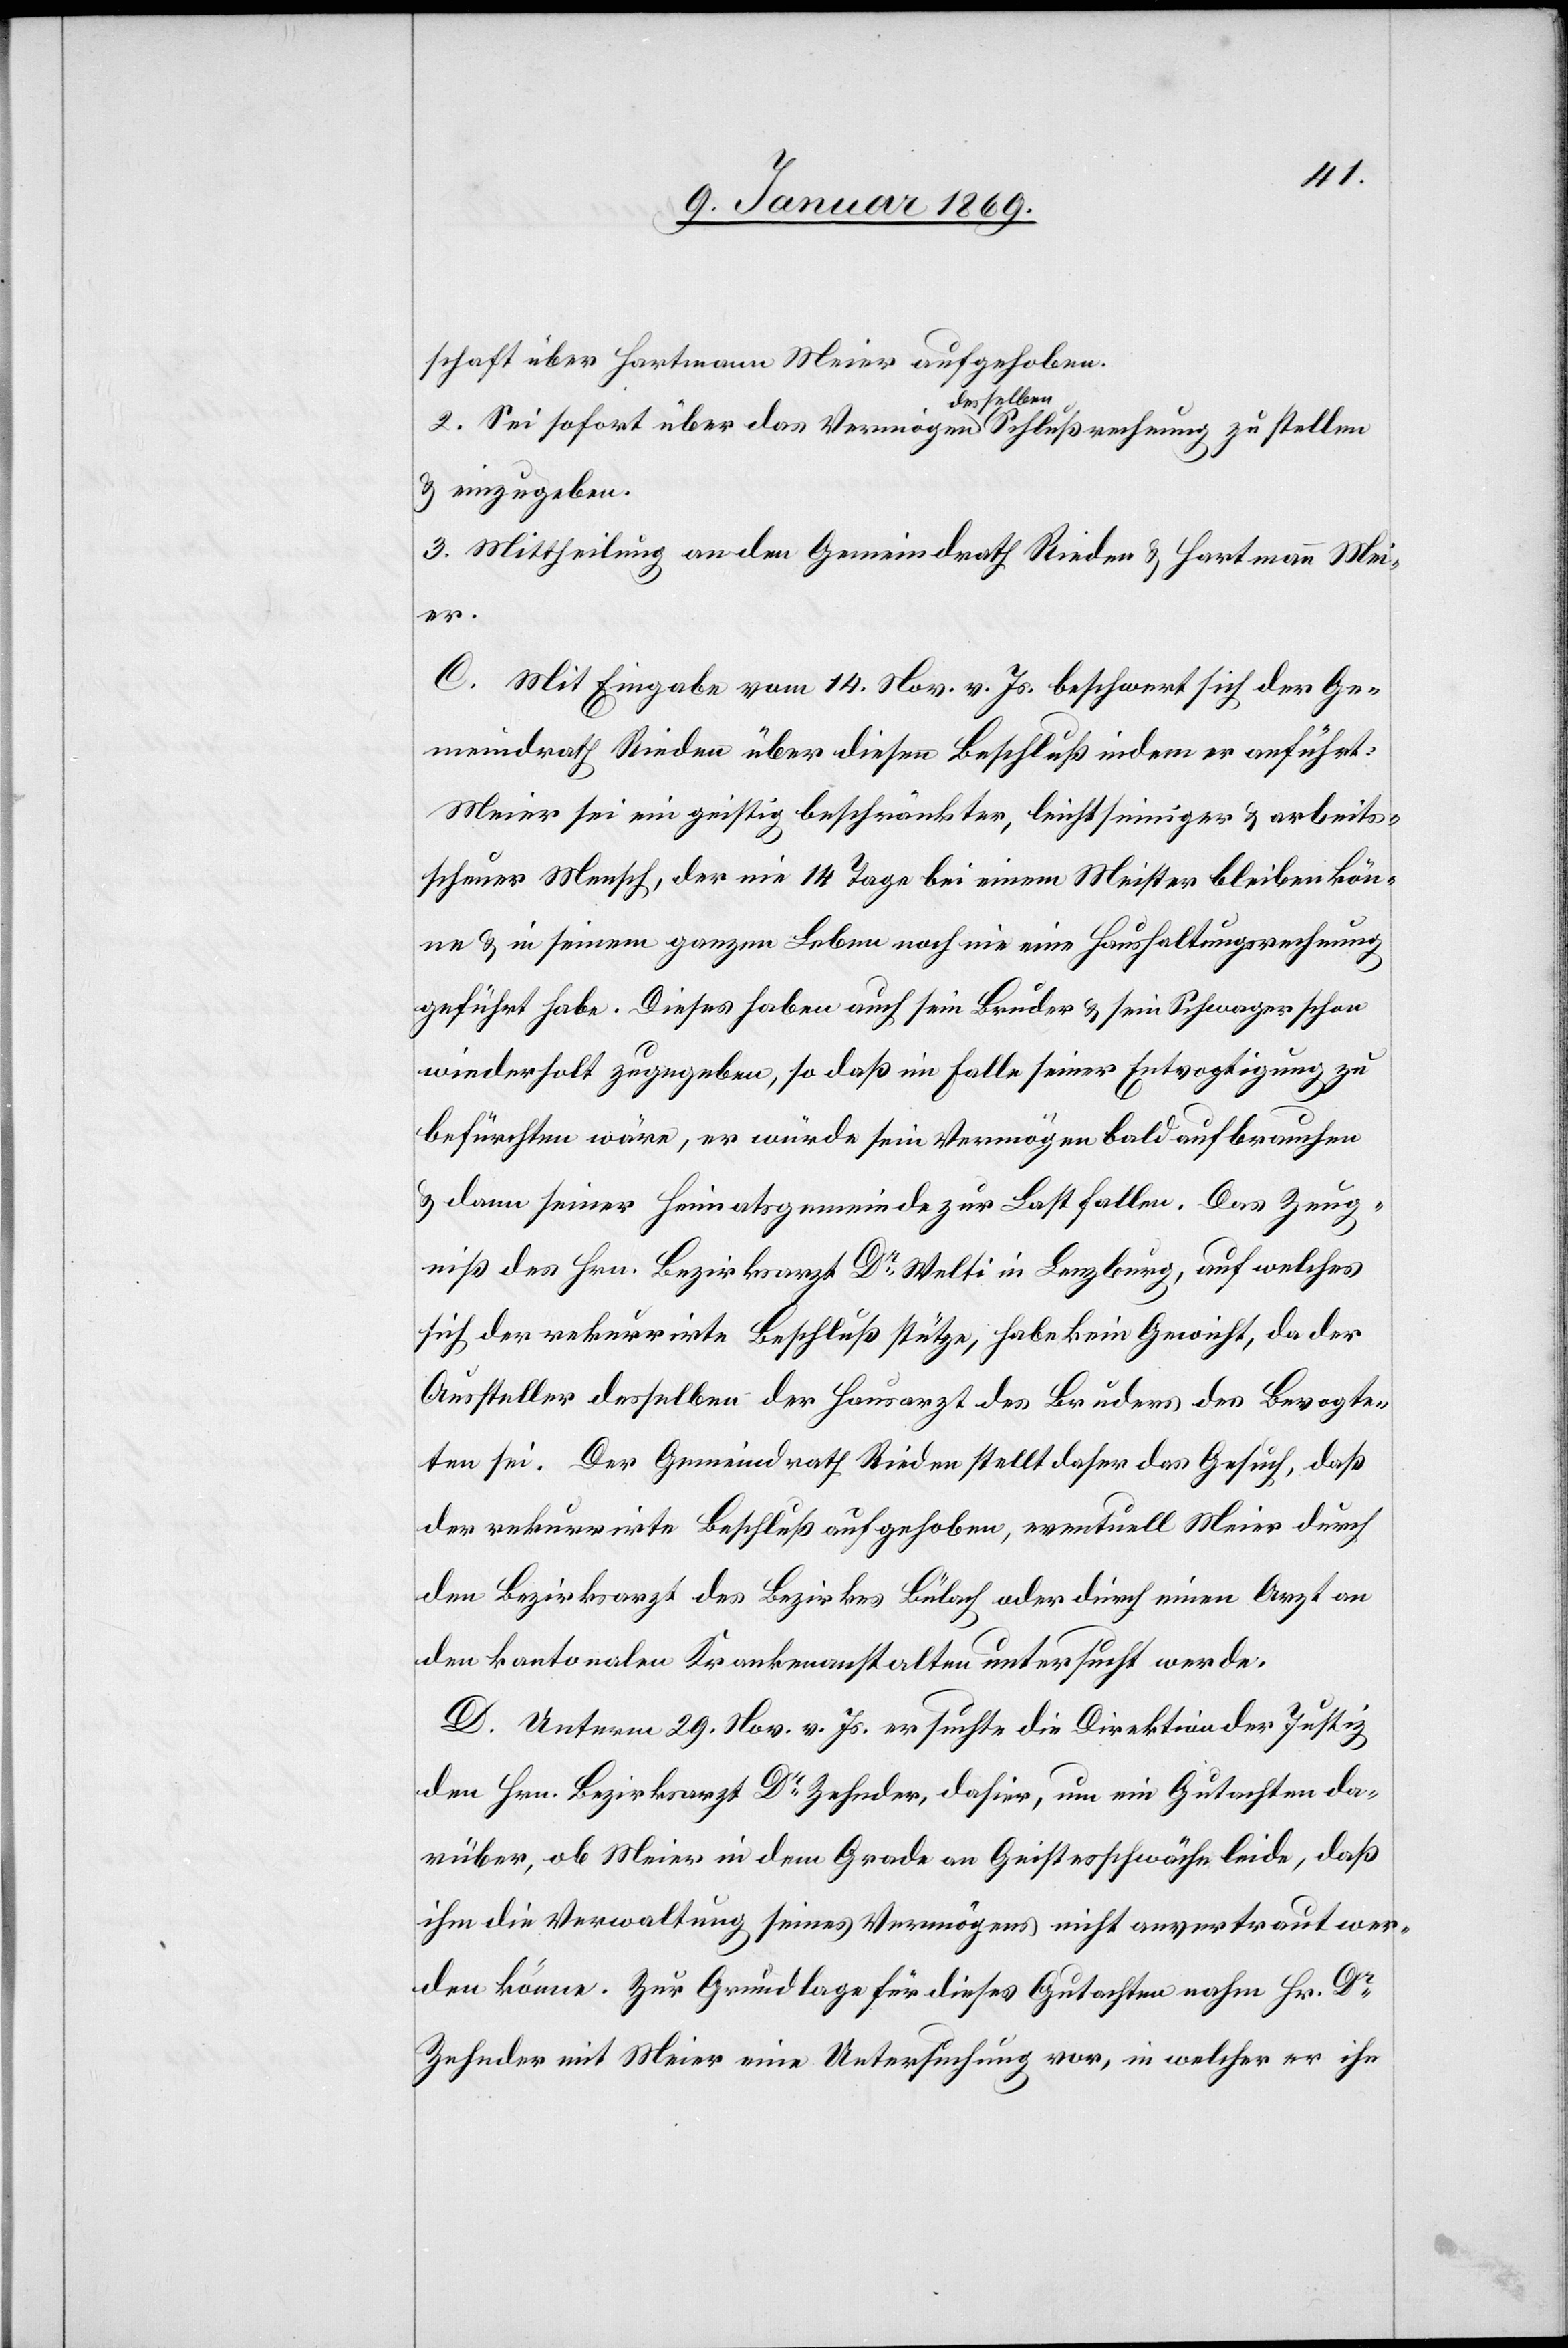
schaft über Hartmann Meier aufgehoben:
2. Sei sofort über das Vermögen desselben Schlußrechnung zu stellen
& einzugeben.
3. Mittheilung an den Gemeindrath Rieden & Hartmann Mei¬
er.
C. Mit Eingabe vom 14. Nov. v. Js. beschwert sich der Ge¬
meindrath Rieden über diesen Beschluß indem er anführt:
Meier sei ein geistig beschränkter, leichtsinniger & arbeits¬
scheuer Mensch, der nie 14. Tage bei einem Meister bleiben kön¬
ne & in seinem ganzen Leben noch nie eine Haushaltungsrechnung
geführt habe. Dieses haben auch sein Bruder & sein Schwager schon
wiederholt zugegeben, so daß im Falle seiner Entvogtigung zu
befürchten wäre, er würde sein Vermögen bald aufbrauchen
& dann seiner Heimatgemeinde zur Last fallen. Das Zeug¬
niß des Hrn. Bezirksarzt Dr Welti in Lenzburg, auf welches
sich der rekurrirte Beschluß stütze, habe kein Gewicht, da der
Austeller desselben der Hausarzt des Bruders des Bevogte¬
ten sei. Der Gemeindrath Rieden stellt daher das Gesuch, daß
der rekurrirte Beschluß aufgehoben, eventuell Meier durch
den Bezirksarzt des Bezirkes Bülach oder durch einen Arzt an
den kantonalen Krankenanstalten untersucht werde.
D. Unterm 29. Nov. v. Js. ersuchte die Direktion der Justiz
den Hrn. Bezirksarzt Dr Zehnder, dahier, um ein Gutachten da¬
rüber, ob Meier in dem Grade an Geistesschwäche leide, daß
ihm die Verwaltung seines Vermögens nicht anvertraut wer¬
den könne. Zur Grundlage für dieses Gutachten nahm Hr Dr
Zehnder mit Meier eine Untersuchung vor, in welcher er ihn